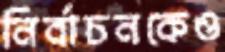
নির্বাচনকেও